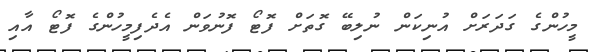
މީހުންގެ ގަދަރަށް އުނިކަން ނުލިބޭ ގޮތަށް ފޮޓޯ ފޮނުވަން އެދެފިމީހުންގެ ފޮޓޯ އާއި